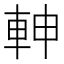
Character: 𨋙